Mediterranean fever in India - Number 22
Disease focus: Fever
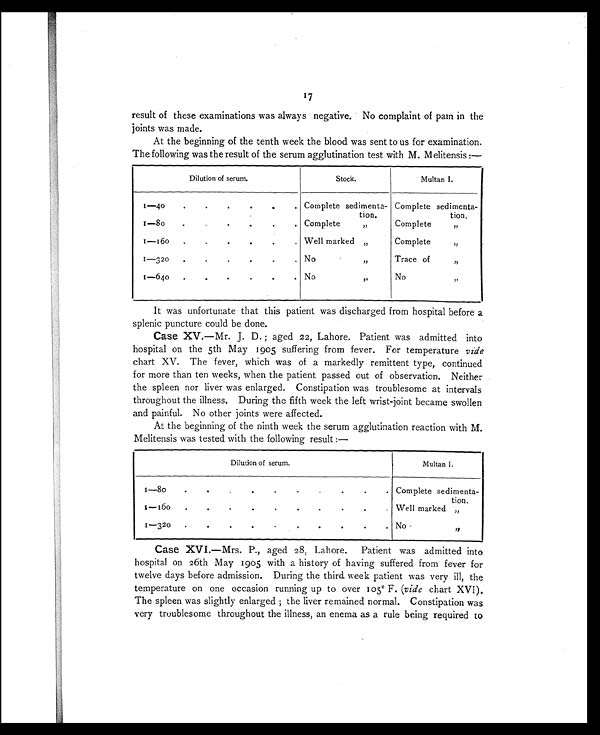
17
result of these examinations was always negative. No complaint of pain in the
joints was made.
At the beginning of the tenth week the blood was sent to us for examination.
The following was the result of the serum agglutination test with M. M elitensis:—
Dilution of serum.
Stock.
Multan I.
1-40
.
.
. . . .
Complete sedimenta-
tion.
Complete sedimenta-
tion.
1—80
.
.
. . . Complete
,,
Complete , ,
1 — 1 6 0
.
.
.
.
.
.
.
.
Well marked „
Complete
,,
1—320
.
.
.
.
.
. .
No
, ,
Trace of
,,
1—640
.
.
.
.
.
.
No
,,
No
,,
It was unfortunate that this patient was discharged from hospital before a
splenic puncture could be done.
Case XV .—Mr. J. D.; aged 22, Lahore. Patient was admitted into
hospital on the 5th May 1905 suffering from fever. For temperature vide
chart XV. The fever, which was of a markedly remittent type, continued
for more than ten weeks, when the patient passed out of observation. Neither
the spleen nor liver was enlarged. Constipation was troublesome at intervals
throughout the illness. During the fifth week the left wrist-joint became swollen
and painful. No other joints were affected.
At the beginning of the ninth week the serum agglutination reaction with M.
Melitensis was tested with the following result:—
Dilution of serum.
Multan I.
.
.
.
.
.
.
.
.
Complete sedimenta-
tion.
1—160
.
.
. .
. .
.
. . .
Well marked „
1 - 3 2 0
.
.
.
.
.
.
.
.
.
.
No
,,
Case XVI. —Mrs. P., aged 28, Lahore. Patient was admitted into
hospital on 26th May 1905 with a history of having suffered from fever for
twelve days before admission. During the third week patient was very ill, the
temperature on one occasion running up to over 105° F. (vide chart XVI).
The spleen was slightly enlarged; the liver remained normal. Constipation was
very troublesome throughout the illness, an enema as a rule being required to